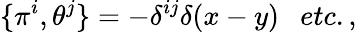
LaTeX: \{ \pi^{i},\theta^{j}\} =-\delta^{ij}\delta(x-y)\ \ \ etc.,